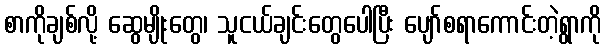
စာကိုချစ်လို့ ဆွေမျိုးတွေ၊ သူငယ်ချင်းတွေပေါပြီး ပျော်စရာကောင်းတဲ့ရွာကို